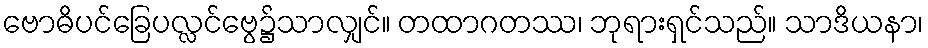
ဗောဓိပင်ခြေပလ္လင်ဗွေ၌သာလျှင်။ တထာဂတဿ၊ ဘုရားရှင်သည်။ သာဒိယနာ၊